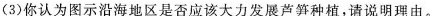
(3)你认为图示沿海地区是否应该大力发展芦笋种植，请说明理由。